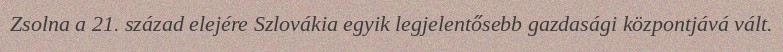
Zsolna a 21. század elejére Szlovákia egyik legjelentősebb gazdasági központjává vált.